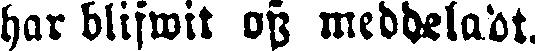
har blifwit on meddeladt.